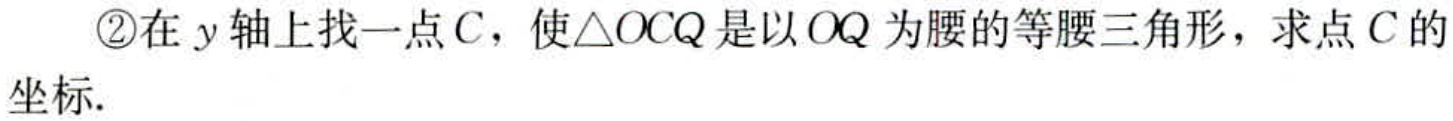
\textcircled{2}在\(y\)轴上找一点\(C\)，使\(\triangle OCQ\)是以\(OQ\)为腰的等腰三角形，求点\(C\)的坐标.